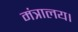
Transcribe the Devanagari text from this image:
मंत्रालय।